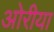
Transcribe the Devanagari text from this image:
ओरीया